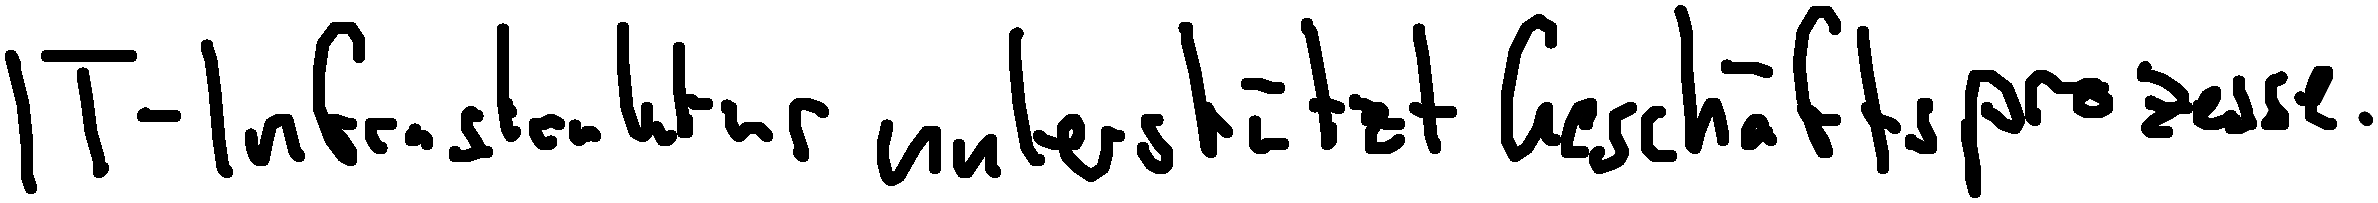
IT-Infrastruktur unterstützt Geschäftsprozesse.